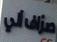
صزاف الئ